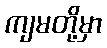
ကျမတို့မှာ